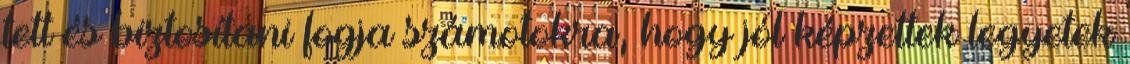
tett és biztosítani fogja számotokra, hogy jól képzettek legyetek